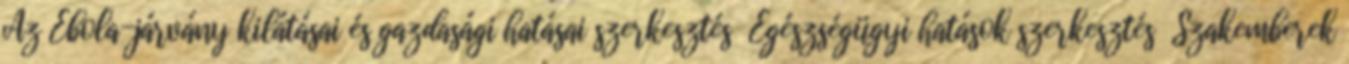
Az Ebola-járvány kilátásai és gazdasági hatásai szerkesztés Egészségügyi hatások szerkesztés Szakemberek